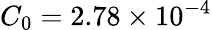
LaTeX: C_{0}=2.78\times 10^{-4}